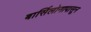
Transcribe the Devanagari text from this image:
बार्सिलोनापासून